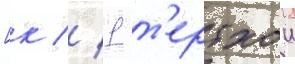
[к // 1 т'ертхои